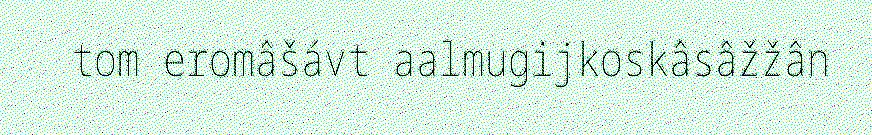
tom eromâšávt aalmugijkoskâsâžžân